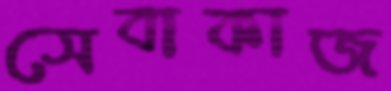
সেবাকাজ